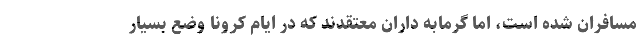
مسافران شده است، اما گرمابه داران معتقدند که در ایام کرونا وضع بسیار